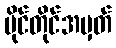
မိုင်တိုင်အမှတ်